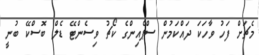
މެޗަށް ފަހު ވާހަކަ ދައްކަމުން ސްޕެއިންގެ ކޯޗު ވިސެންޓޭ ޑެލް ބޮސްކޭ ބުނީ